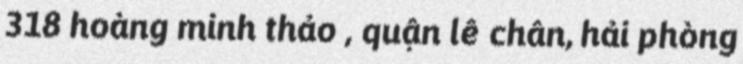
318 hoàng minh thảo , quận lê chân, hải phòng